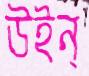
উইন্